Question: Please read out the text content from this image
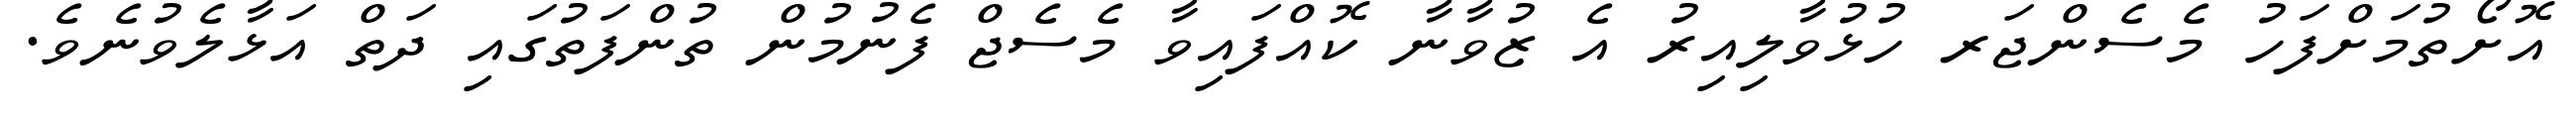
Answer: އޮށޯތުމަށްފަހު މެސެންޖަރ ހުޅުވާލިއިރު އެ ޒުވާނާ ކޮއްފައިވާ މެސެޖް ފެނުމުން ތުންފަތުގައި ދަތް އަޅާލެވުނެވެ.